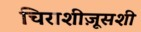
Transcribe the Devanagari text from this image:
चिराशीज़ूसशी